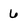
Character: 6